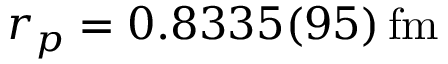
r _ { p } = 0 . 8 3 3 5 ( 9 5 ) \, \mathrm { f m }